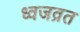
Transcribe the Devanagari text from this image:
ध्वजव्रत